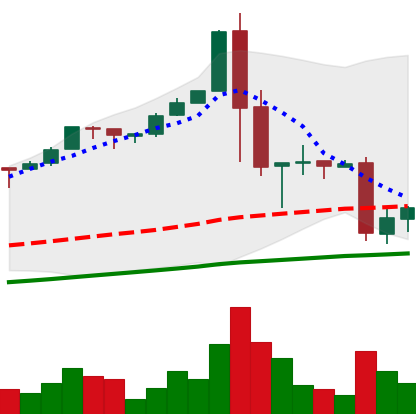
Ticker: BTC-USD
Chart end date: 2017-01-13
Forward return: 7.601%
Label: up_7plus